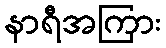
နာရီအကြား